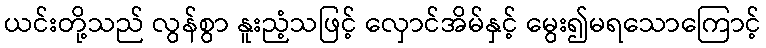
ယင်းတို့သည် လွန်စွာ နူးညံ့သဖြင့် လှောင်အိမ်နှင့် မွေး၍မရသောကြောင့်